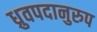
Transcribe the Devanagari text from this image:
ध्रुवपदानुरुप